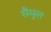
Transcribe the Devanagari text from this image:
सैमुल